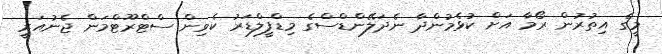
މީގެ އިތުރުން ރޯމާ އަށް ކުޅެމުންދާ ނެދަލޭންޑްސްގެ މިޑްފީލްޑަރު ކެވިން ސްޓްރޫޓްމަން ޖެނުއަރީ